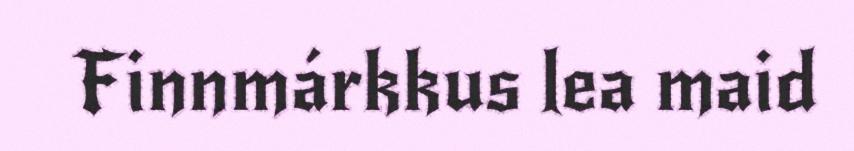
Finnmárkkus lea maid